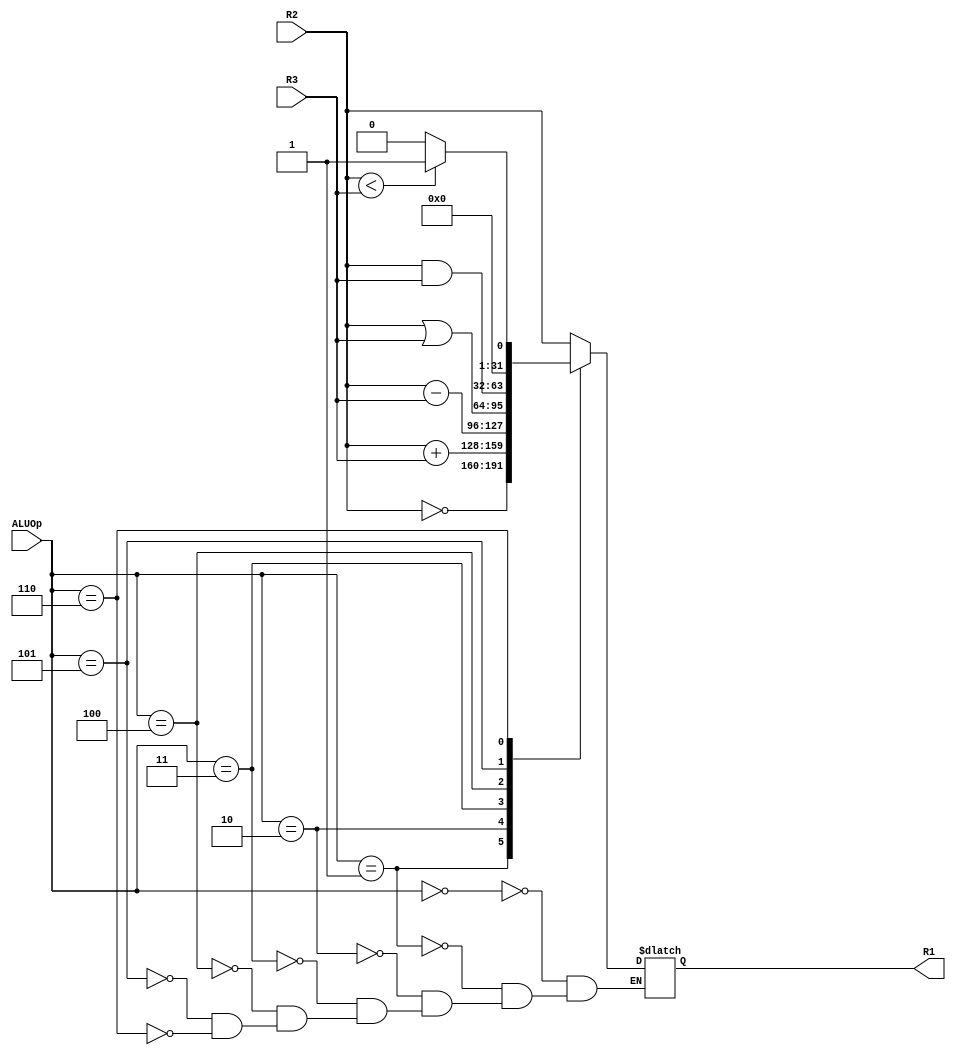
`timescale 1ns / 1ps
//////////////////////////////////////////////////////////////////////////////////
// Company: 
// Engineer: 
// 
// Design Name: 
// Module Name:    Ideal_ALU 
// Project Name: 
// Target Devices: 
// Tool versions: 
// Description: 
//
// Dependencies: 
//
// Revision: 
// Revision 0.01 - File Created
// Additional Comments: 
//
//////////////////////////////////////////////////////////////////////////////////
module Ideal_ALU(R1, R2, R3, ALUOp);
	 
	 
	parameter	word_size = 32;		// word_size default value = 32		

	input  [word_size-1:0] R2, R3;
	input	 [2:0]			  ALUOp;
	output reg [word_size-1:0] R1;	// Note: R1 here is not a D-flip-flop. It just declares a variable here.
												//       a "reg" without the "always @ (posedge clk)" is not a D-flip-flop.


 always @ (R2, R3, ALUOp)				// When any of R2, R3, ALUOp changes, R1 will change. 
	// ---- ideal ALU ------	
	begin
		case (ALUOp)
			3'h0: R1 = R2;
			3'h1: R1 = ~R2;
			3'h2: R1 = (R2 + R3);
			3'h3: R1 = (R2 - R3);
			3'h4: R1 = (R2 | R3);
			3'h5: R1 = (R2 & R3);
			3'h6: R1 = (($signed(R2) < $signed(R3))? 1:0);	
		endcase
	end
	
// ---- ideal ALU end------

endmodule